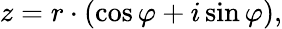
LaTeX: z=r\cdot(\cos\varphi+i\sin\varphi),